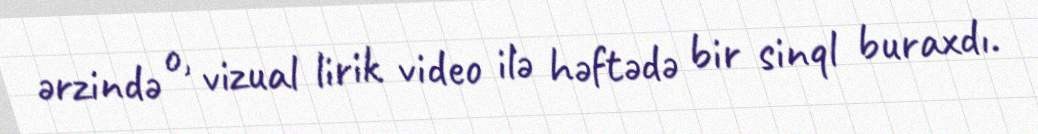
ərzində o, vizual lirik video ilə həftədə bir sinql buraxdı.